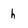
Character: h